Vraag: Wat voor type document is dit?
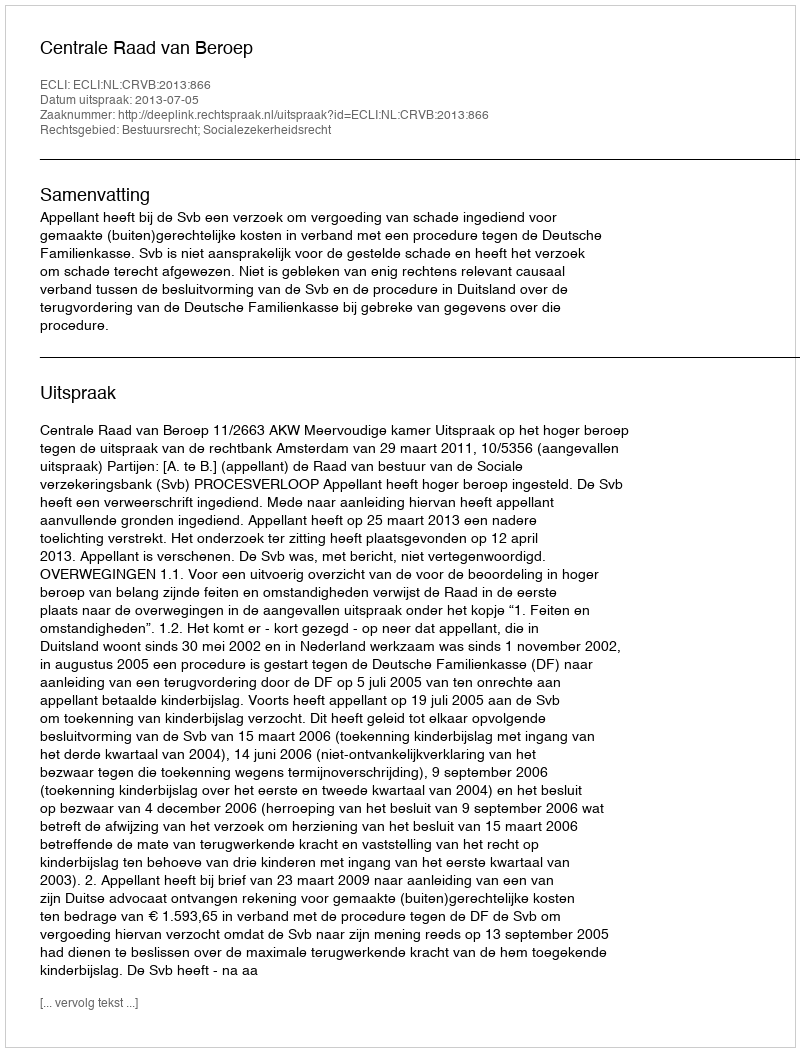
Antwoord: Uitspraak